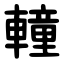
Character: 䡴